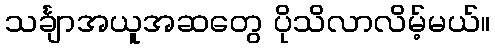
သင်္ချာအယူအဆတွေ ပိုသိလာလိမ့်မယ်။